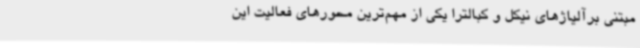
مبتنی برآلیاژهای نیکل و کبالترا یکی از مهم‌ترین محورهای فعالیت این